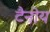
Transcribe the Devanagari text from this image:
टैनोय